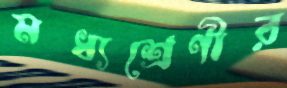
মধ্যশ্রেণীর